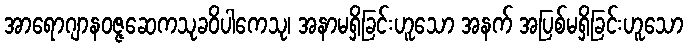
အာရောဂျာနဝဇ္ဇဆေကသုခဝိပါကေသု၊ အနာမရှိခြင်းဟူသော အနက် အပြစ်မရှိခြင်းဟူသော